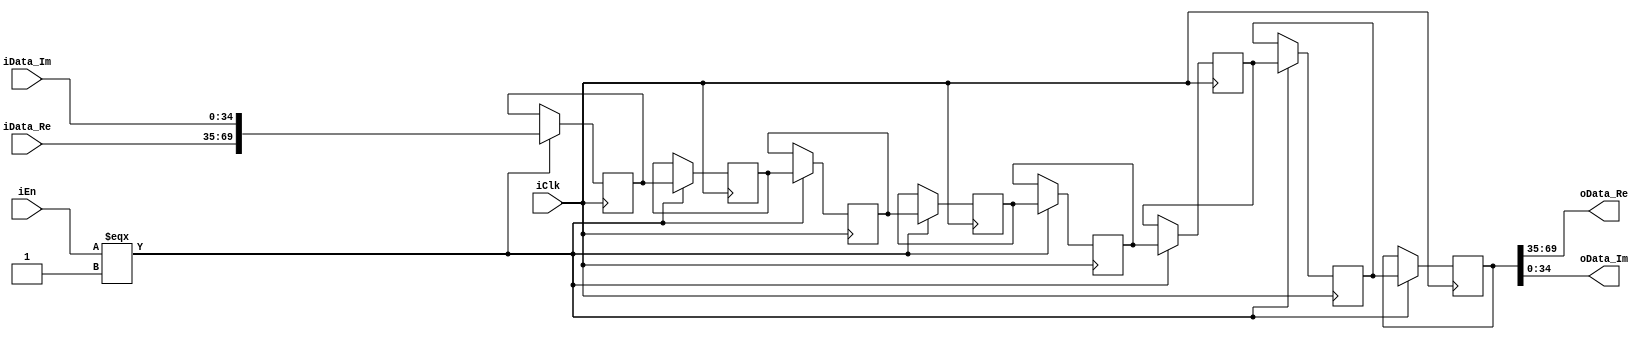
// --------------------------------------------------------------------------------
//  Company: MSI
//  Module Name:    buffer_8_FIFO - Behavioral 
//  Project Name: FFT_R2SDF
//  Description: 
// --------------------------------------------------------------------------------

`define false 1'b 0
`define FALSE 1'b 0
`define true 1'b 1
`define TRUE 1'b 1

`timescale 1 ns / 1 ns // timescale for following modules


module buffer_8 (
   iClk,
   iEn,
   iData_Re,
   iData_Im,
   oData_Re,
   oData_Im);
 

input   iClk; 
input   iEn; 
input   [34:0] iData_Re; 
input   [34:0] iData_Im; 
output   [34:0] oData_Re; 
output   [34:0] oData_Im; 

wire    [34:0] oData_Re; 
wire    [34:0] oData_Im; 
reg     [69:0] memory [7:0]; 

assign oData_Re = memory[7][69:35]; 
assign oData_Im = memory[7][34:0]; 

always @(posedge iClk)
   begin : process_1
   if (iClk === 1'b 1)
      begin
      if (iEn === 1'b 1)
         begin
         memory[7] <= memory[6];   
         memory[6] <= memory[5];   
         memory[5] <= memory[4];   
         memory[4] <= memory[3];   
         memory[3] <= memory[2];   
         memory[2] <= memory[1];   
         memory[1] <= memory[0];   
         memory[0] <= {iData_Re, iData_Im};   
         end
      else
         ;
      end
   end


endmodule // module buffer_8